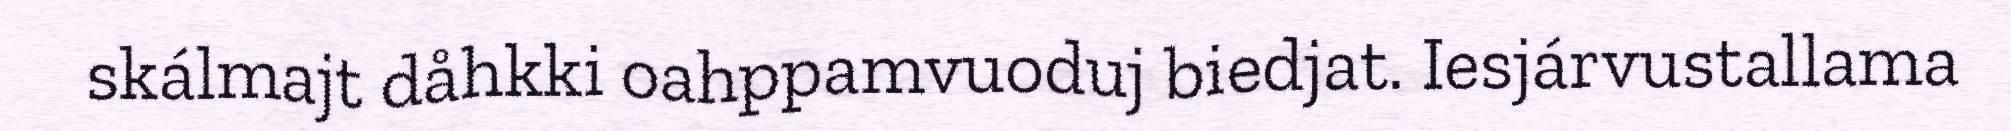
skálmajt dåhkki oahppamvuoduj biedjat. Iesjárvustallama